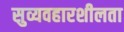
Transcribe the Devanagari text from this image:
सुव्यवहारशीलता